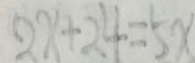
2 x + 2 4 = 5 x